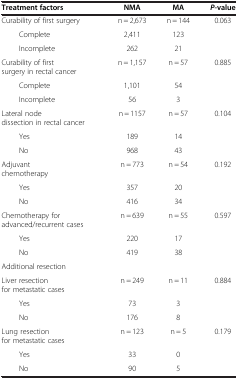
<table><thead><tr><td><b>Treatment factors</b></td><td><b>NMA</b></td><td><b>MA</b></td><td><b><i>P</i>-value</b></td></tr></thead><tbody><tr><td>Curability of first surgery</td><td>n = 2,673</td><td>n = 144</td><td>0.063</td></tr><tr><td>Complete</td><td>2,411</td><td>123</td><td> </td></tr><tr><td>Incomplete</td><td>262</td><td>21</td><td> </td></tr><tr><td>Curability of first surgery in rectal cancer</td><td>n = 1,157</td><td>n = 57</td><td>0.885</td></tr><tr><td>Complete</td><td>1,101</td><td>54</td><td> </td></tr><tr><td>Incomplete</td><td>56</td><td>3</td><td> </td></tr><tr><td>Lateral node dissection in rectal cancer</td><td>n = 1157</td><td>n = 57</td><td>0.104</td></tr><tr><td>Yes</td><td>189</td><td>14</td><td> </td></tr><tr><td>No</td><td>968</td><td>43</td><td> </td></tr><tr><td>Adjuvant chemotherapy</td><td>n = 773</td><td>n = 54</td><td>0.192</td></tr><tr><td>Yes</td><td>357</td><td>20</td><td> </td></tr><tr><td>No</td><td>416</td><td>34</td><td> </td></tr><tr><td>Chemotherapy for advanced/recurrent cases</td><td>n = 639</td><td>n = 55</td><td>0.597</td></tr><tr><td>Yes</td><td>220</td><td>17</td><td> </td></tr><tr><td>No</td><td>419</td><td>38</td><td> </td></tr><tr><td>Additional resection</td><td> </td><td> </td><td> </td></tr><tr><td>Liver resection for metastatic cases</td><td>n = 249</td><td>n = 11</td><td>0.884</td></tr><tr><td>Yes</td><td>73</td><td>3</td><td> </td></tr><tr><td>No</td><td>176</td><td>8</td><td> </td></tr><tr><td>Lung resection for metastatic cases</td><td>n = 123</td><td>n = 5</td><td>0.179</td></tr><tr><td>Yes</td><td>33</td><td>0</td><td> </td></tr><tr><td>No</td><td>90</td><td>5</td><td> </td></tr></tbody></table>